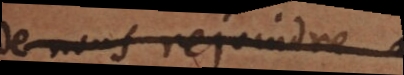
de nous rejoindre